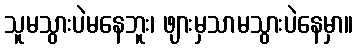
သူမသွားပဲမနေဘူး၊ ဖျားမှသာမသွားပဲနေမှာ။